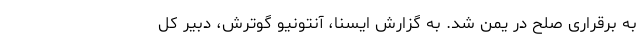
به برقراری صلح در یمن شد. به گزارش ایسنا، آنتونیو گوترش، دبیر کل